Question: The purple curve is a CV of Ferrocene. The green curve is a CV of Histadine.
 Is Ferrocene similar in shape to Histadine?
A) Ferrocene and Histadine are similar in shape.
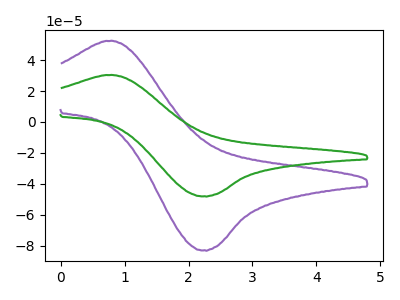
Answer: <think>The purple curve "Ferrocene" has an anodic peak at (0.80V, 52.40uA) and a cathodic peak at (2.25V, -82.90uA). The green curve "Histadine" has an anodic peak at (0.80V, 30.35uA) and a cathodic peak at (2.25V, -48.00uA).
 All the peaks in "Ferrocene" have a peak in "Histadine" at the same potential. Every peak in "Ferrocene" is higher than every peak in "Histadine".</think>
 <answer>A) "Ferrocene" and "Histadine" are similar in shape.</answer>
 <eval>A</eval>